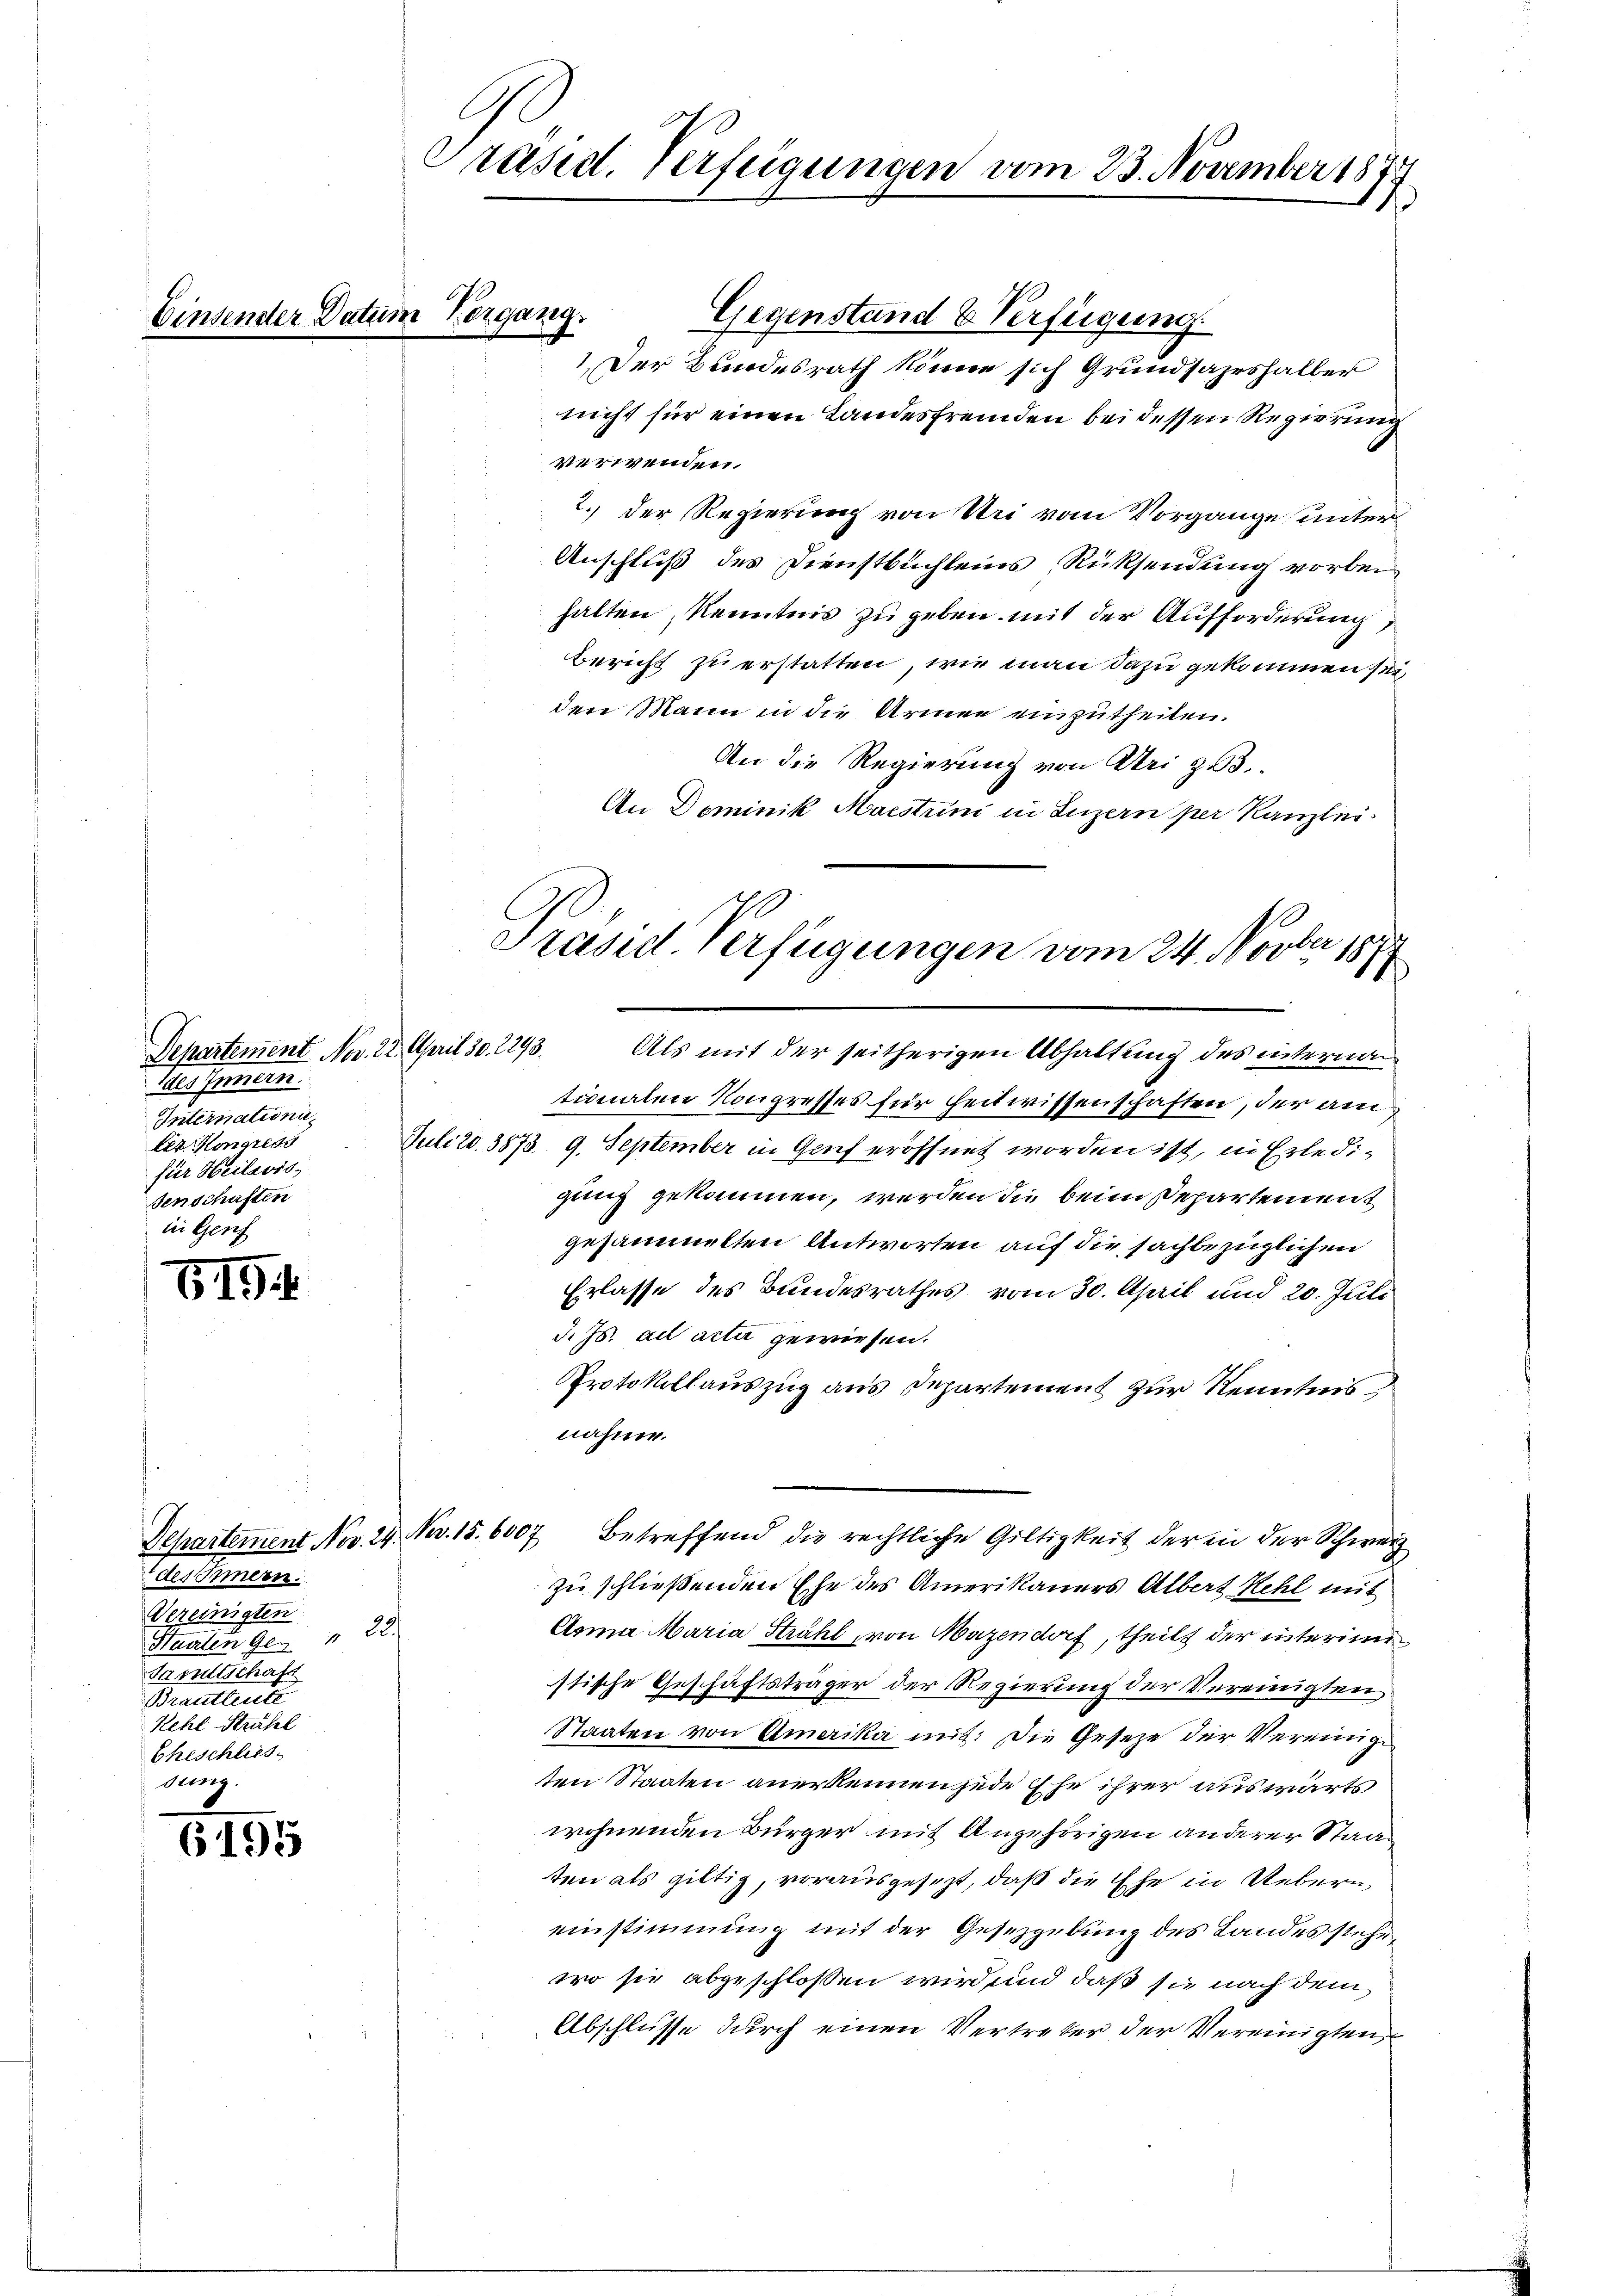
619

des Schmern.
Vereinigten
22
Staaten Ges
Tarltschaft
Brautleute
Kehl Strahl
Eheschlies
dung.

6195

Einsender Datum Vergang.

Departement Nov. 22. April 30. 2293.
daes Innern.
Internationi
let. Hongress
für Heilesis,
senschusten
in Genf

Präsid. Verfügungen vom 23. November 187
s

Gegenstand & Verfügung.
Der Bundesrath könne sich Grundsazeshalber
nicht für einen Landesfremden bei dessen Regierung
verwenden.
2.) Der Regierung von Uri vom Vorgange unter
Anschluß des Dienstbuchleins Rücksendung vorbeihalten, Kenntnis zu geben mit der Aufforderung,
Bericht zu erstatten, wie man dazu gekommen sei
den Mann in die Armen einzutheilen.
An die Regierung von Uri z 3.
An Dominik Maestum in Luzern per Kanzlei
Nel
Präsid. Verfügungen vom 24. 1000. 187

Als mit der seitherigen Abhaltung des internationalen Kongresses für heitwissenschaften, der am
Juli 20. 3873. 9. September in Genf eröffnet worden ist, in Erledigung gekommen, werden die beisepartement
gesammelten Antworten auf die sachbezüglichen
Erlasse des Bundesrathes vom 30. April und 20. Juli
J. Js. ad acta gewiesen.
Protokollauszug aus Departement zur Kenntnis
nahme.
Departement Nov. 24. Nov. 15. 6007 betreffend die rechtliche Gültigkeit der in der Schweiz
zu schließenden Ehe des Amerikauers Albert Kehl mit
Anna Maria Strahl von Mazendorf, theils der interium
stische Geschäftsträger der Regierung der Vereinigten
Staaten von Amerika mit: Die Gesetze der Vereinige
ten Staaten anerkennen jede Ehe ihrer auswärts
wohnenden Bürger mit Angehörigen anderer Staaten als giltig, vorausgesezt, daß die Ehe in Uebern
einstimmung mit der Gesetzgebung des Landesstehe
wo sie abgeschlossen wird und daß sie nach dem
Abschlüsse durch einen Vertreter der Vereinigten